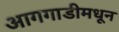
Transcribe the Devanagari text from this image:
आगगाडीमधून